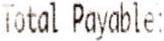
TOTAL PAYABLE: